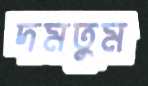
দমতুম